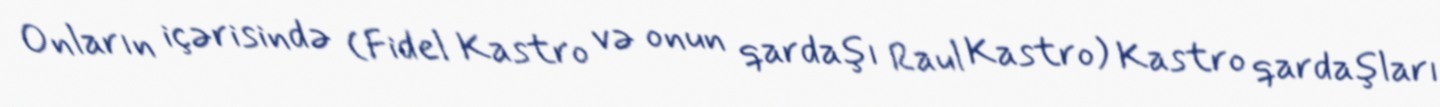
Onların içərisində (Fidel Kastro və onun qardaşı Raul Kastro) Kastro qardaşları